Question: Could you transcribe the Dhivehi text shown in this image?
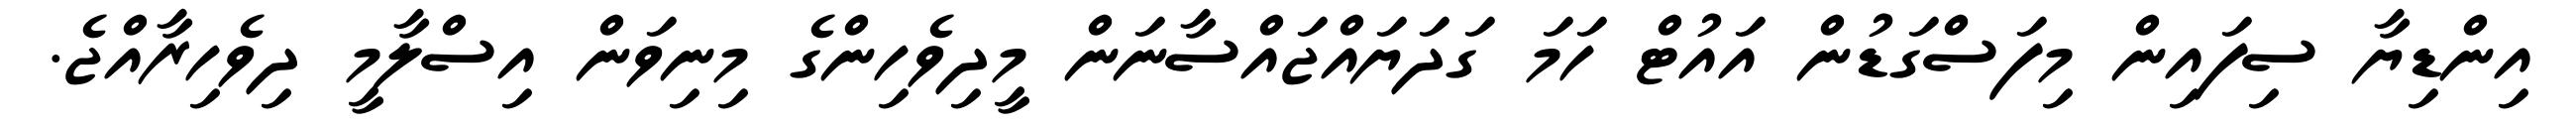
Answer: އިންޑިޔާ ސިފައިން މިފަސްގަޑުން އައުޓް ހަމަ ގަދަޔައްޖައްސާނަން މީދިވެހިންގެ މިނިވަން އިސްލާމީ ދިވެހިރާއްޖެ.